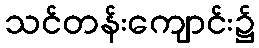
သင်တန်းကျောင်း၌